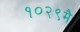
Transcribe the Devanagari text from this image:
१०२९मै